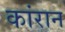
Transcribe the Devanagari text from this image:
कांरान